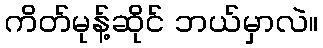
ကိတ်မုန့်ဆိုင် ဘယ်မှာလဲ။